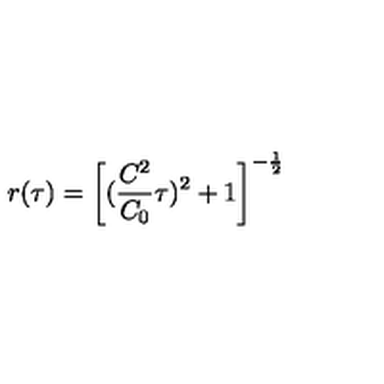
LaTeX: r ( \tau ) = \left[ ( \frac { C ^ { 2 } } { C _ { 0 } } \tau ) ^ { 2 } + 1 \right] ^ { - \frac { 1 } { 2 } }